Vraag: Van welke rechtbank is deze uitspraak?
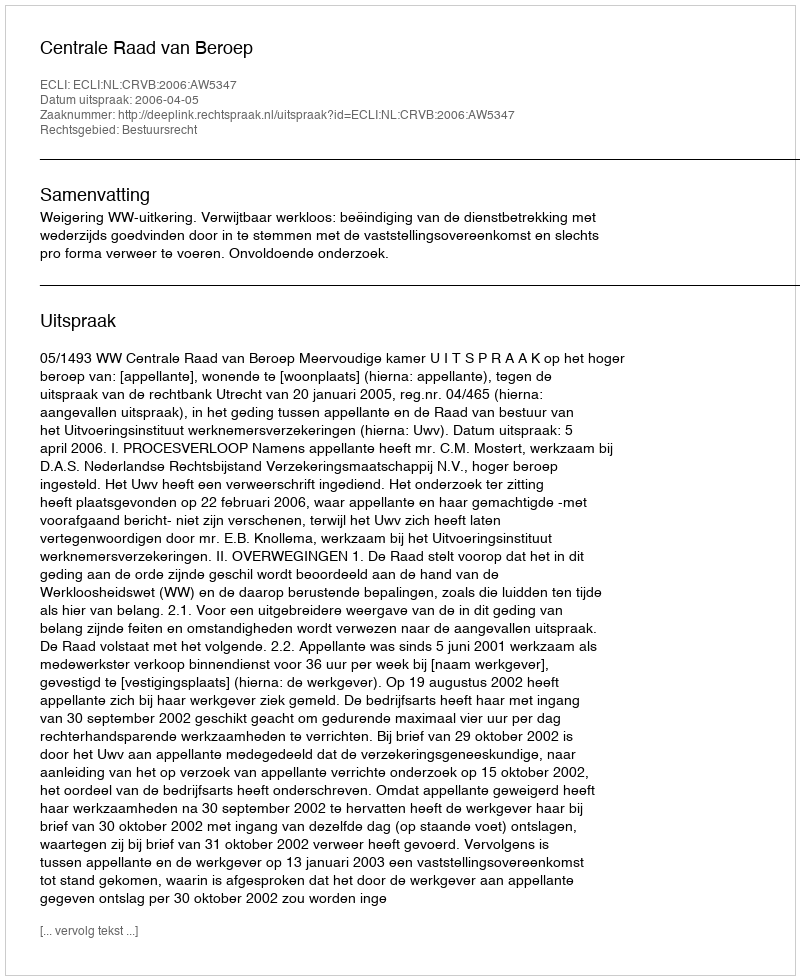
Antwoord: Centrale Raad van Beroep